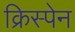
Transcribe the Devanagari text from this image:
क्रिस्पेन